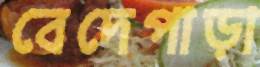
বেদেপাড়া